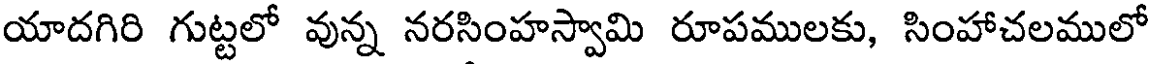
యాదగిరి గుట్టలో వున్న నరసింహస్వామి రూపములకు, సింహాచలములో